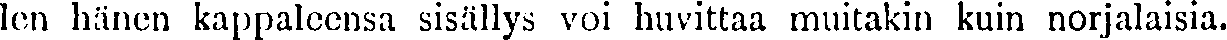
len hänen kappaleensa sisällys voi huvittaa muitakin kuin norjalaisia.